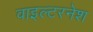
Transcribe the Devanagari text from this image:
वाइल्टरनेश